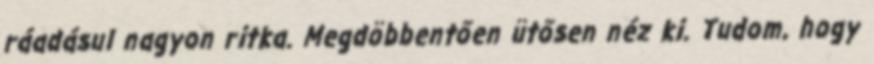
ráadásul nagyon ritka. Megdöbbentően ütősen néz ki. Tudom, hogy